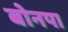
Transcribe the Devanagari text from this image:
बोनपा